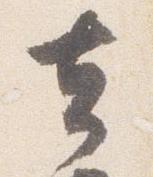
去